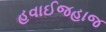
હવાઈજહાજ